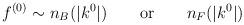
LaTeX: \begin{align*}f^{(0)} \sim n_{B}(|k^{0}|)\qquad {\rm or}\qquad n_{F}(|k^{0}|)\end{align*}